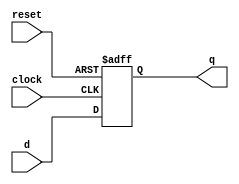
module dff_async(d, reset, clock, q);
    input reset, d, clock;
    output q;
    reg q;
    always@(negedge reset or negedge clock)
        begin
          if(!reset) q<= 1'b0;
          else q <=d;
        end
endmodule

module reg_32bit(q,d,clk,reset); // Register
    input [31:0] d;
    input clk, reset;
    output [31:0] q;
    genvar j;
    generate for(j=0; j<32; j=j+1) begin: dff_loop
        dff_async d(d[j], reset, clk, q[j]);
        end
    endgenerate
endmodule

module mux4to1_basic(out, sel, in1, in2, in3, in4);
	input in1, in2, in3, in4;
	input [1:0] sel;
	output out;
	wire a,b,c,d,n1,n2,a1,a2,a3,a4;
	
	not n(n1, sel[0]);
	not nn(n2, sel[1]);
	
	and (a1,in4,n1,n2);
	and (a2,in3,n2,sel[0]);
	and (a3,in2,sel[1],n1);
	and (a4,in1,sel[0],sel[1]);
	
	or or1(out,a1,a2,a3,a4);
endmodule

module mux4_1(regData,q1,q2,q3,q4,reg_no);
    input [31:0] q1, q2, q3, q4;
    input [1:0] reg_no;
    output [31:0] regData;
    genvar j;
    generate for(j=0; j<32; j=j+1) begin: muxloop
        mux4to1_basic m(regData[j], reg_no, q1[j], q2[j], q3[j], q4[j]);
        end
    endgenerate
endmodule

module decoder2_4 (register,reg_no);
    input [1:0] reg_no;
    output [3:0] register;
    assign register[0] = ~reg_no[0] && ~reg_no[1];
    assign register[1] = reg_no[0] && ~reg_no[1];
    assign register[2] = ~reg_no[0] && reg_no[1];
    assign register[3] = reg_no[0] && reg_no[1];
endmodule

module RegFile(clk,reset,ReadReg1,ReadReg2,WriteData,WriteReg,RegWrite,ReadData1,ReadData2);
    input clk, reset, RegWrite;
    input [1:0] ReadReg1, ReadReg2, WriteReg;
    input [31:0] WriteData;
    output [31:0] ReadData1, ReadData2;
    wire [31:0] r0, r1, r2, r3;
    wire [3:0] reg_no;
    wire clk0, clk1, clk2, clk3;
    
    mux4_1 m1(ReadData1, r0, r1, r2, r3, ReadReg1);
    mux4_1 m2(ReadData2, r0, r1, r2, r3, ReadReg2);
    decoder2_4 d(reg_no, WriteReg);
    and a0(clk0, clk, RegWrite, reg_no[0]);
    and a1(clk1, clk, RegWrite, reg_no[1]);
    and a2(clk2, clk, RegWrite, reg_no[2]);
    and a3(clk3, clk, RegWrite, reg_no[3]);
    reg_32bit rW0(r0, WriteData, clk0, reset);
    reg_32bit rw1(r1, WriteData, clk1, reset);
    reg_32bit rw2(r2, WriteData, clk2, reset);
    reg_32bit rw3(r3, WriteData, clk3, reset);
endmodule

module test;
    reg clk, reset, RegWrite;
    reg [1:0] ReadReg1, ReadReg2, WriteReg;
    reg [31:0] WriteData;
    wire [31:0] ReadData1, ReadData2;
    RegFile R4(clk, reset, ReadReg1, ReadReg2, WriteData, WriteReg, RegWrite, ReadData1, ReadData2);
    always
    #5 clk<=~clk;
    initial begin
    $monitor(, $time, " %b %b %b", ReadData1, ReadData2, WriteData);
    end
    initial begin
      reset=1'b0;
      #5 reset=1'b1; WriteData=32'hAAAAAAAA; WriteReg=2'b00;
      #5 WriteData=32'hAAA3A4AA; WriteReg=2'b01;
      #5 WriteData=32'hAFFFFAAA; WriteReg=2'b10;
      #5 WriteData=32'h0AAEEAAA; WriteReg=2'b11;
      #5 ReadReg1 = 2'b10; ReadReg2 = 2'b11;
      #5 $finish;
    end
endmodule
// module tb32reg;
// reg [31:0] d;
// reg clk,reset;
// wire [31:0] q;
// reg_32bit R(q,d,clk,reset);
// always @(clk)
// #5 clk<=~clk;
// always@(negedge clk) begin
// #1;
// $monitor(, $time, "q=%b, d=%b, reset=%b", q, d, reset);
// end
// initial begin
// clk= 1'b1;
// reset=1'b0;//reset the register
// #20 reset=1'b1;
// #20 d=32'hAFAFAFAF;
// #20 $finish;
// end
// endmodule